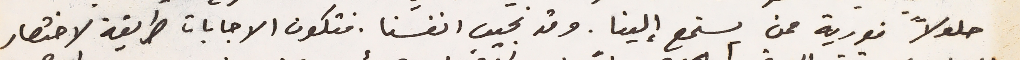
حلولاً فورية ممن يستمع إلينا. وقد نجيب انفسنا. فتكون الاجابات طريقة لاختصار